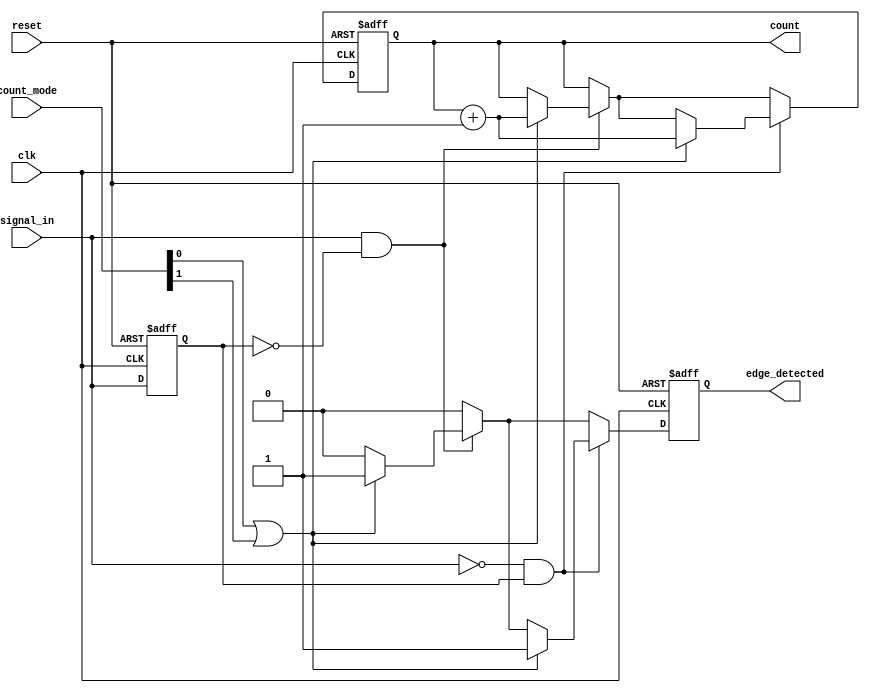
module edge_counter #(
    parameter COUNTER_WIDTH = 8  // Parameter to define the width of the counter
)(
    input wire clk,               // Clock signal
    input wire reset,             // Asynchronous reset signal
    input wire signal_in,         // Input signal to monitor for edges
    input wire [1:0] count_mode,  // Control signal to determine counting mode
    output reg [COUNTER_WIDTH-1:0] count, // Counter output
    output reg edge_detected       // Edge detected output
);

    // Internal signals to hold previous state of signal_in
    reg signal_in_prev;

    // Edge detection and counting logic
    always @(posedge clk or posedge reset) begin
        if (reset) begin
            count <= 0;               // Reset counter to zero
            edge_detected <= 0;       // Clear edge detected signal
            signal_in_prev <= 0;      // Initialize previous state
        end else begin
            edge_detected <= 0;       // Default to no edge detected

            // Check for rising edge
            if (signal_in && !signal_in_prev) begin
                if (count_mode[0] || count_mode[1]) begin
                    count <= count + 1; // Increment count for rising edge
                    edge_detected <= 1; // Indicate an edge has been detected
                end
            end
            
            // Check for falling edge
            if (!signal_in && signal_in_prev) begin
                if (count_mode[1] || count_mode[0]) begin
                    count <= count + 1; // Increment count for falling edge
                    edge_detected <= 1; // Indicate an edge has been detected
                end
            end
            
            // Update previous state
            signal_in_prev <= signal_in;
        end
    end

endmodule